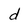
Character: d